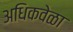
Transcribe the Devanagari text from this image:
अधिकवेळा